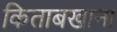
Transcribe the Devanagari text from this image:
किताबखाना